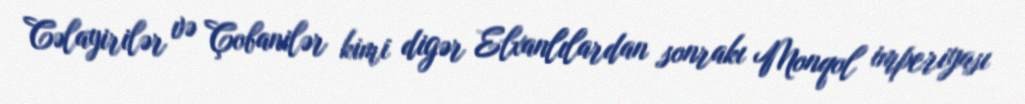
Cəlayirilər və Çobanilər kimi digər Elxanlılardan sonrakı Monqol imperiyası